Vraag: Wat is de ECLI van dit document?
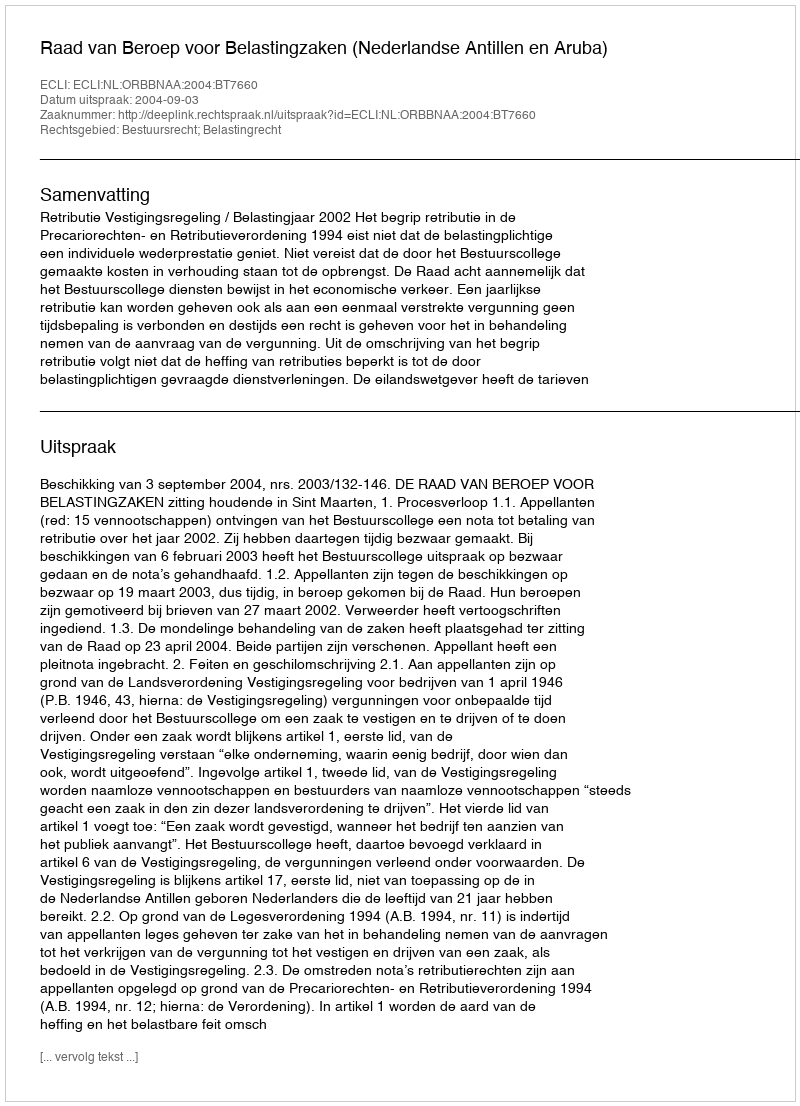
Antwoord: ECLI:NL:ORBBNAA:2004:BT7660